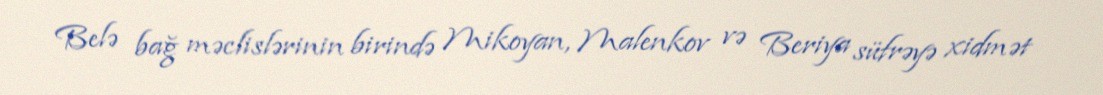
Belə bağ məclislərinin birində Mikoyan, Malenkov və Beriya süfrəyə xidmət